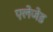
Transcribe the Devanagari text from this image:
एलेजेड